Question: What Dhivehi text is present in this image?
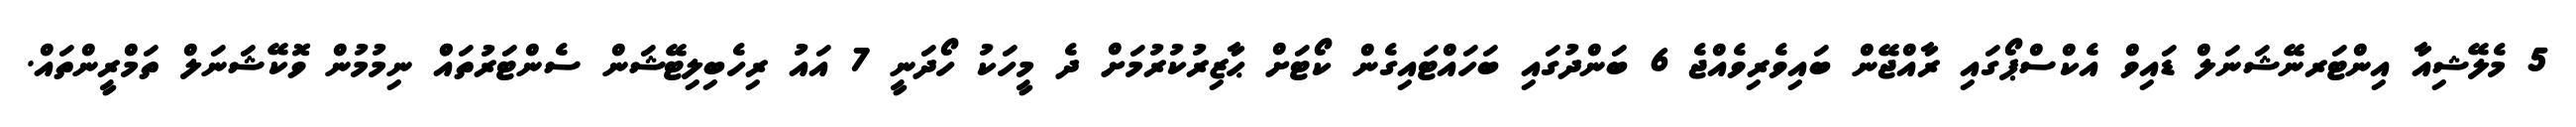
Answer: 5 މެލޭޝިއާ އިންޓަރނޭޝަނަލް ޑައިވް އެކްސްޕޯގައި ރާއްޖޭން ބައިވެރިވެއްޖެ 6 ބަންދުގައި ބަހައްޓައިގެން ކޯޓަށް ޙާޒިރުކުރުމަށް ދެ މީހަކު ހޯދަނީ 7 އައު ރިހެބިލިޓޭޝަން ސެންޓަރުތައްް ނިމުމުން ވޮކޭޝަނަލް ތަމްރީންތައް.